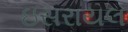
ઇસરાયલ